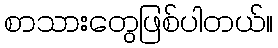
စာသားတွေဖြစ်ပါတယ်။